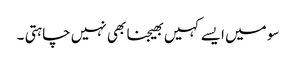
سو میں ایسے کہیں بھیجنا بھی نہیں چاہتی ۔